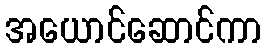
အယောင်ဆောင်ကာ